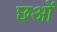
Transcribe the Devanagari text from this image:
छओं